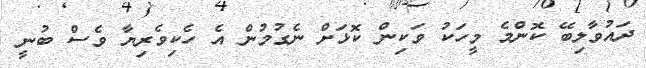
ދައުވާލިބޭ ކޮންމެ މީހަކު ވަކިން ކޮޅަށް ނެގުމުން އެ ހެކިވެރިޔާ ވެސް ބުނީ